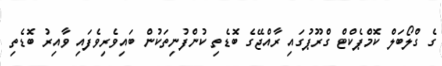
ގެ ގްލޯބަލް ކޮމްޕެކްޓް ގްރޫޕުގައި ރާއްޖޭގެ ބޮޑެތި ކުންފުނިތަކުން ބައިވެރިވެފައި ވާއިރު ބޮޑެތި